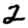
Digit: 2